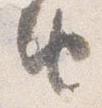
由